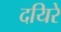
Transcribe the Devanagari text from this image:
दयिरे